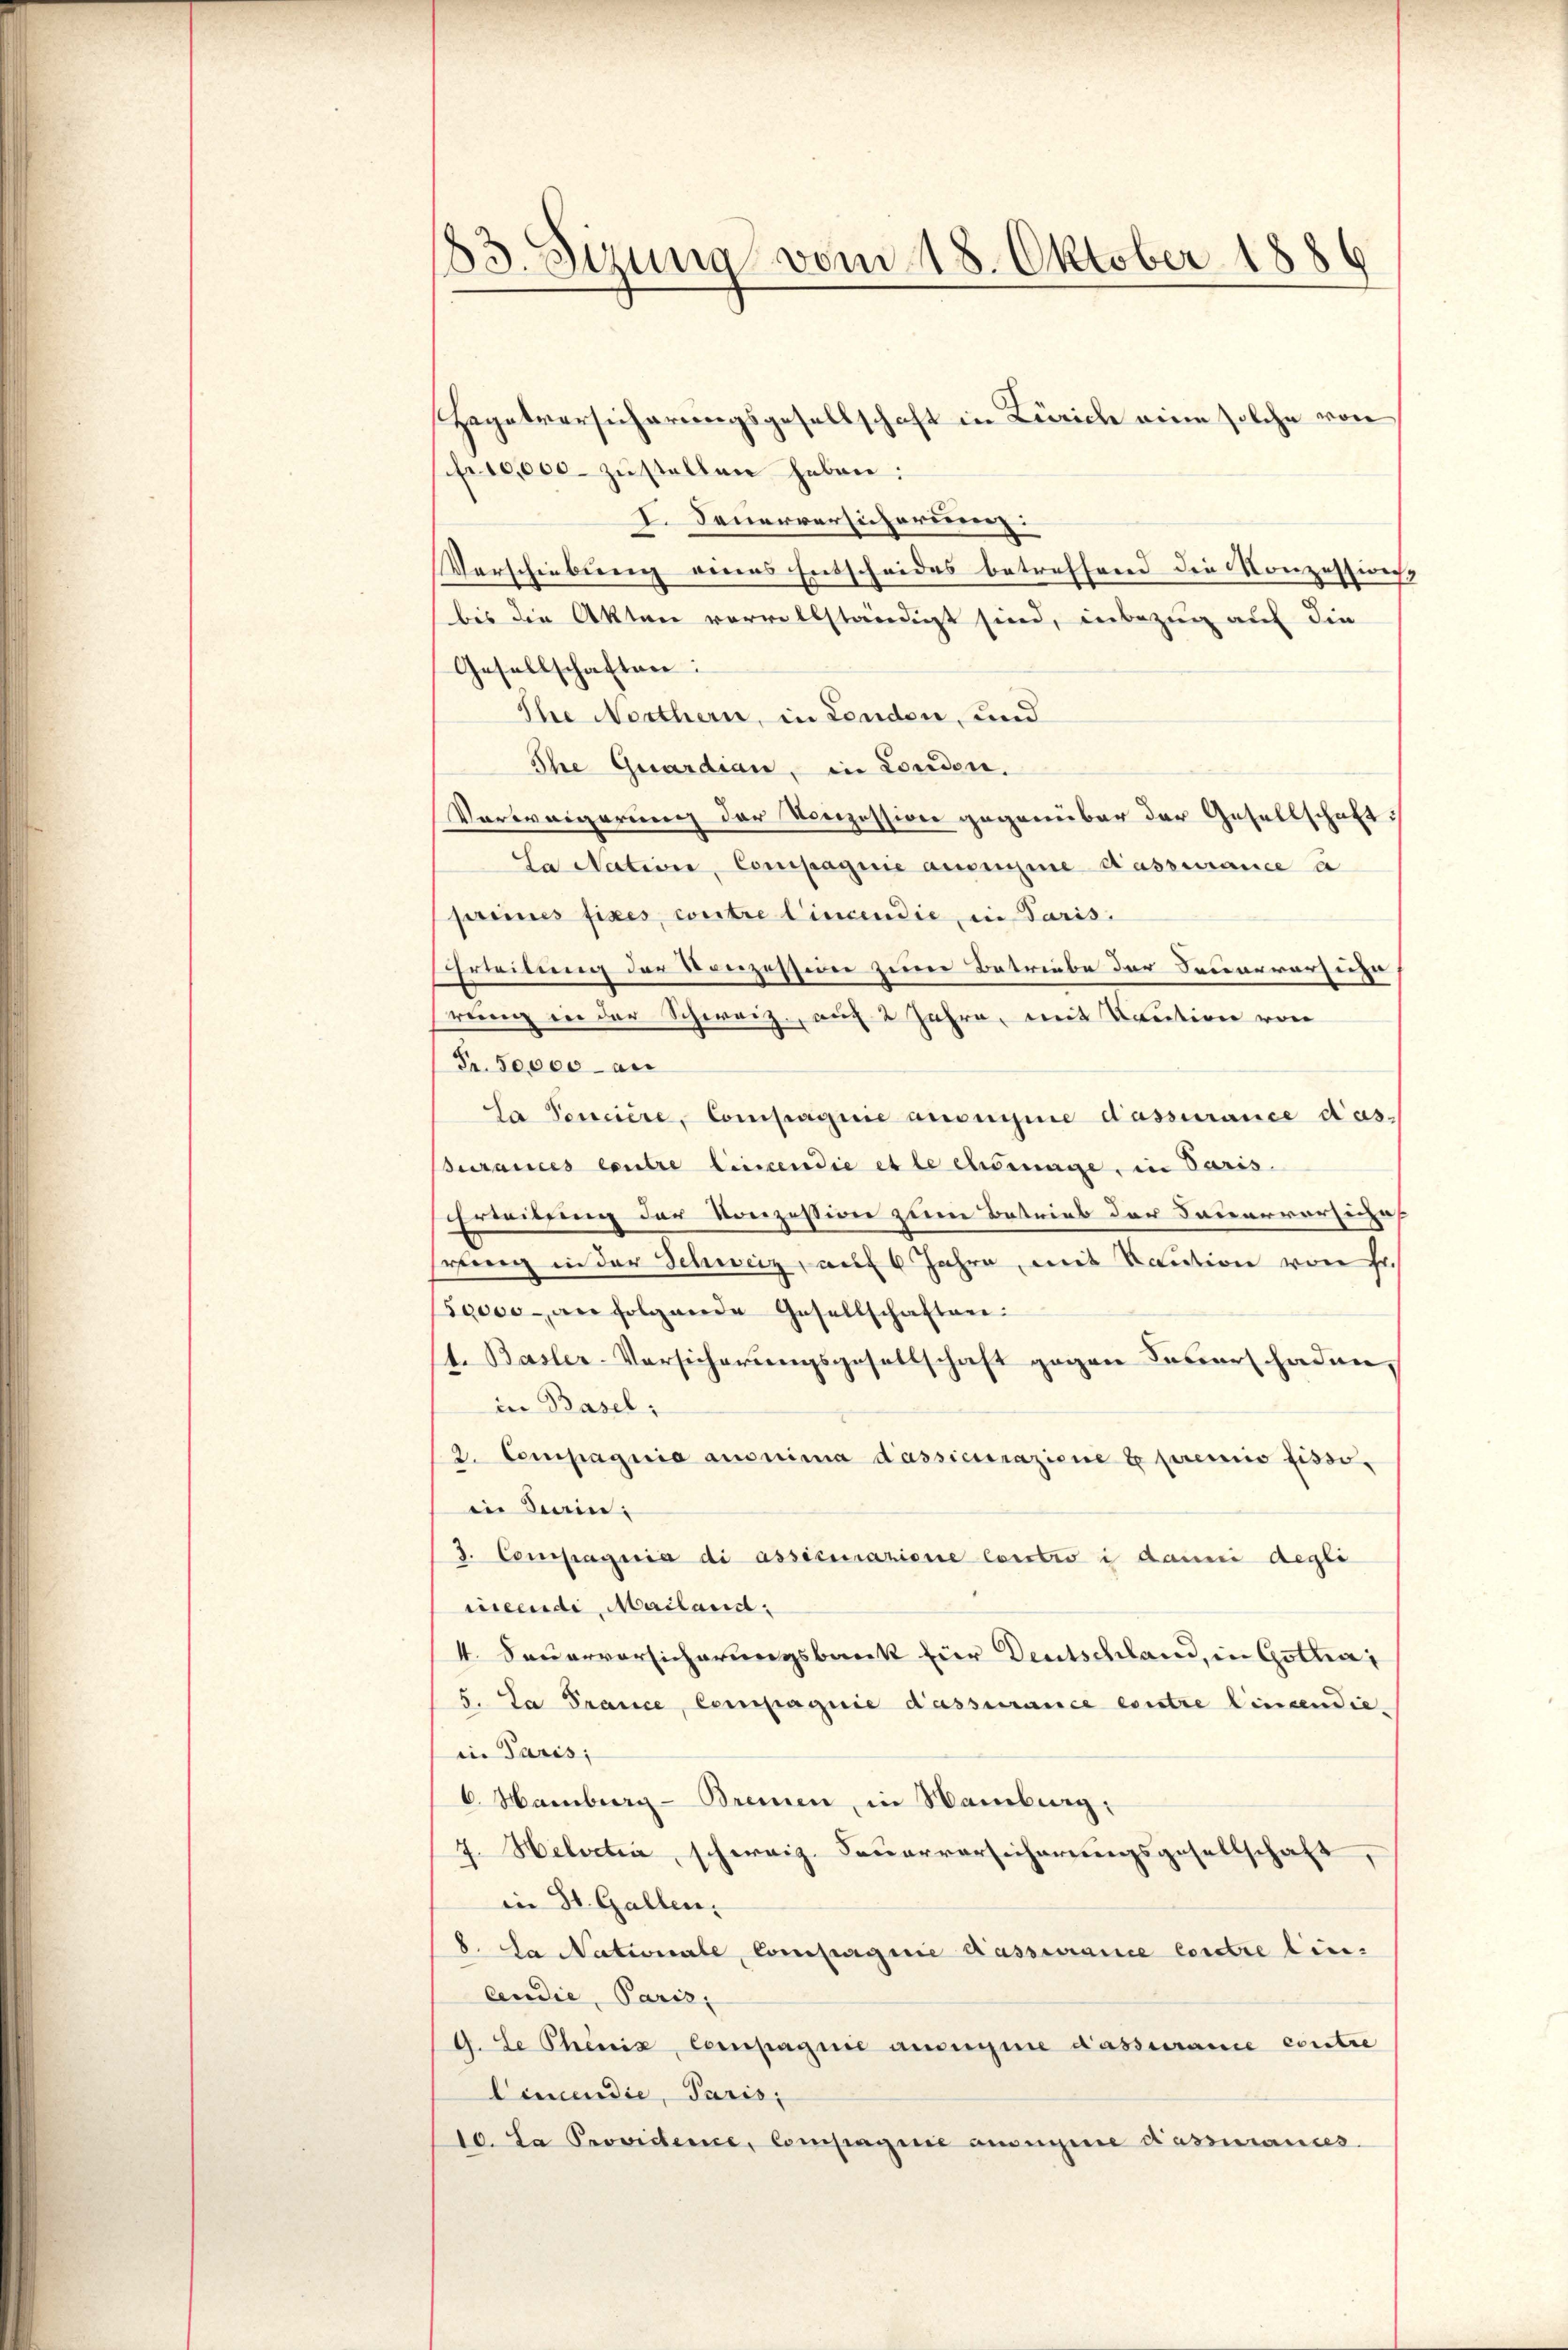
83. Sirung vom 18. Oktober 1886

Hagatversicherungsgesellschaft in Zürich eine solche von
fr10,000 zŭstellen heben:
I. Feuerversicherung:
Verschiebung eines Entscheides betreffend die Konzessionss
bis die Akten vervollständigt sind, inbezug auf die
Gesellschaften:
Ihre Northern, in London, und
Ihe Quardian, in Londen.
Verweigerung der Konzession gegenüber der Gesellschaft
Sa Nation, Compagnie auseine dassurance à
preines fixes, contre lincendie, in Paris.
hrleitung der Konzession zum Betriebe der Sauervorzuhe
rung in der Schweiz, auf 2 Jahre, mit Kaution von
Fr. 50000 an
la Concière, Compagnie auseine dassurance das
surances centre lincendie et le chinige, in Paris
Erreibung der Konzession zum Betrieb der Dauerversiche
srang in der Schweiz, auf 6 Jahre, mit Kaution von Hr.
50000 an folgende Gesellschaften:
1. Basler-Versicherungsgesellschaft gegen Feuerschaden,
in Basel;
2. Compagnie ausnima dassiestrazione te premio fissoin Bain:
3. Compagnia di assicurazione contro i danni degli
ieendi, Mailand,
4. Feuerversicherungsbank für Deutschland, in Gothai
S. La Prance, Compagnie dassurance eintre Cincendie
in Paris;
C. Hamburg-Bremen, in Samburg:
7. Helvetia, schweiz. Feuerversicherungsgesellschaft,
in St. Gallen.
b. La Nationale, Compagnie Masssurance contre lin¬
Audie Paris,
G. Le Phönix, Compagnie ansegne dassurame contre
Cemendie, Paris,
10. La Providence, Compagnie auseigene Kassances.